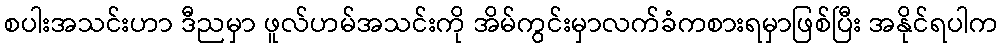
စပါးအသင်းဟာ ဒီညမှာ ဖူလ်ဟမ်အသင်းကို အိမ်ကွင်းမှာလက်ခံကစားရမှာဖြစ်ပြီး အနိုင်ရပါက